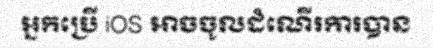
អ្នកប្រើ iOS អាចចូលដំណើរការបាន